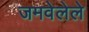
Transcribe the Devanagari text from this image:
जमवेलेले